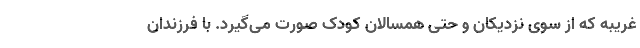
غریبه که از سوی نزدیکان و حتی همسالان کودک صورت می‌گیرد. با فرزندان